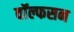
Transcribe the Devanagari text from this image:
वॉल्फसन